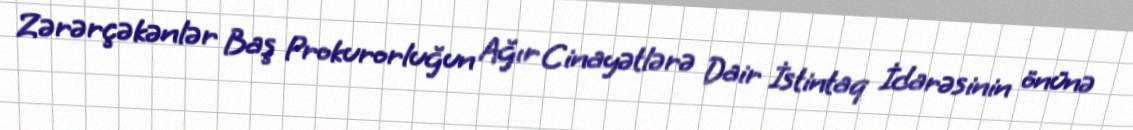
Zərərçəkənlər Baş Prokurorluğun Ağır Cinayətlərə Dair İstintaq İdarəsinin önünə